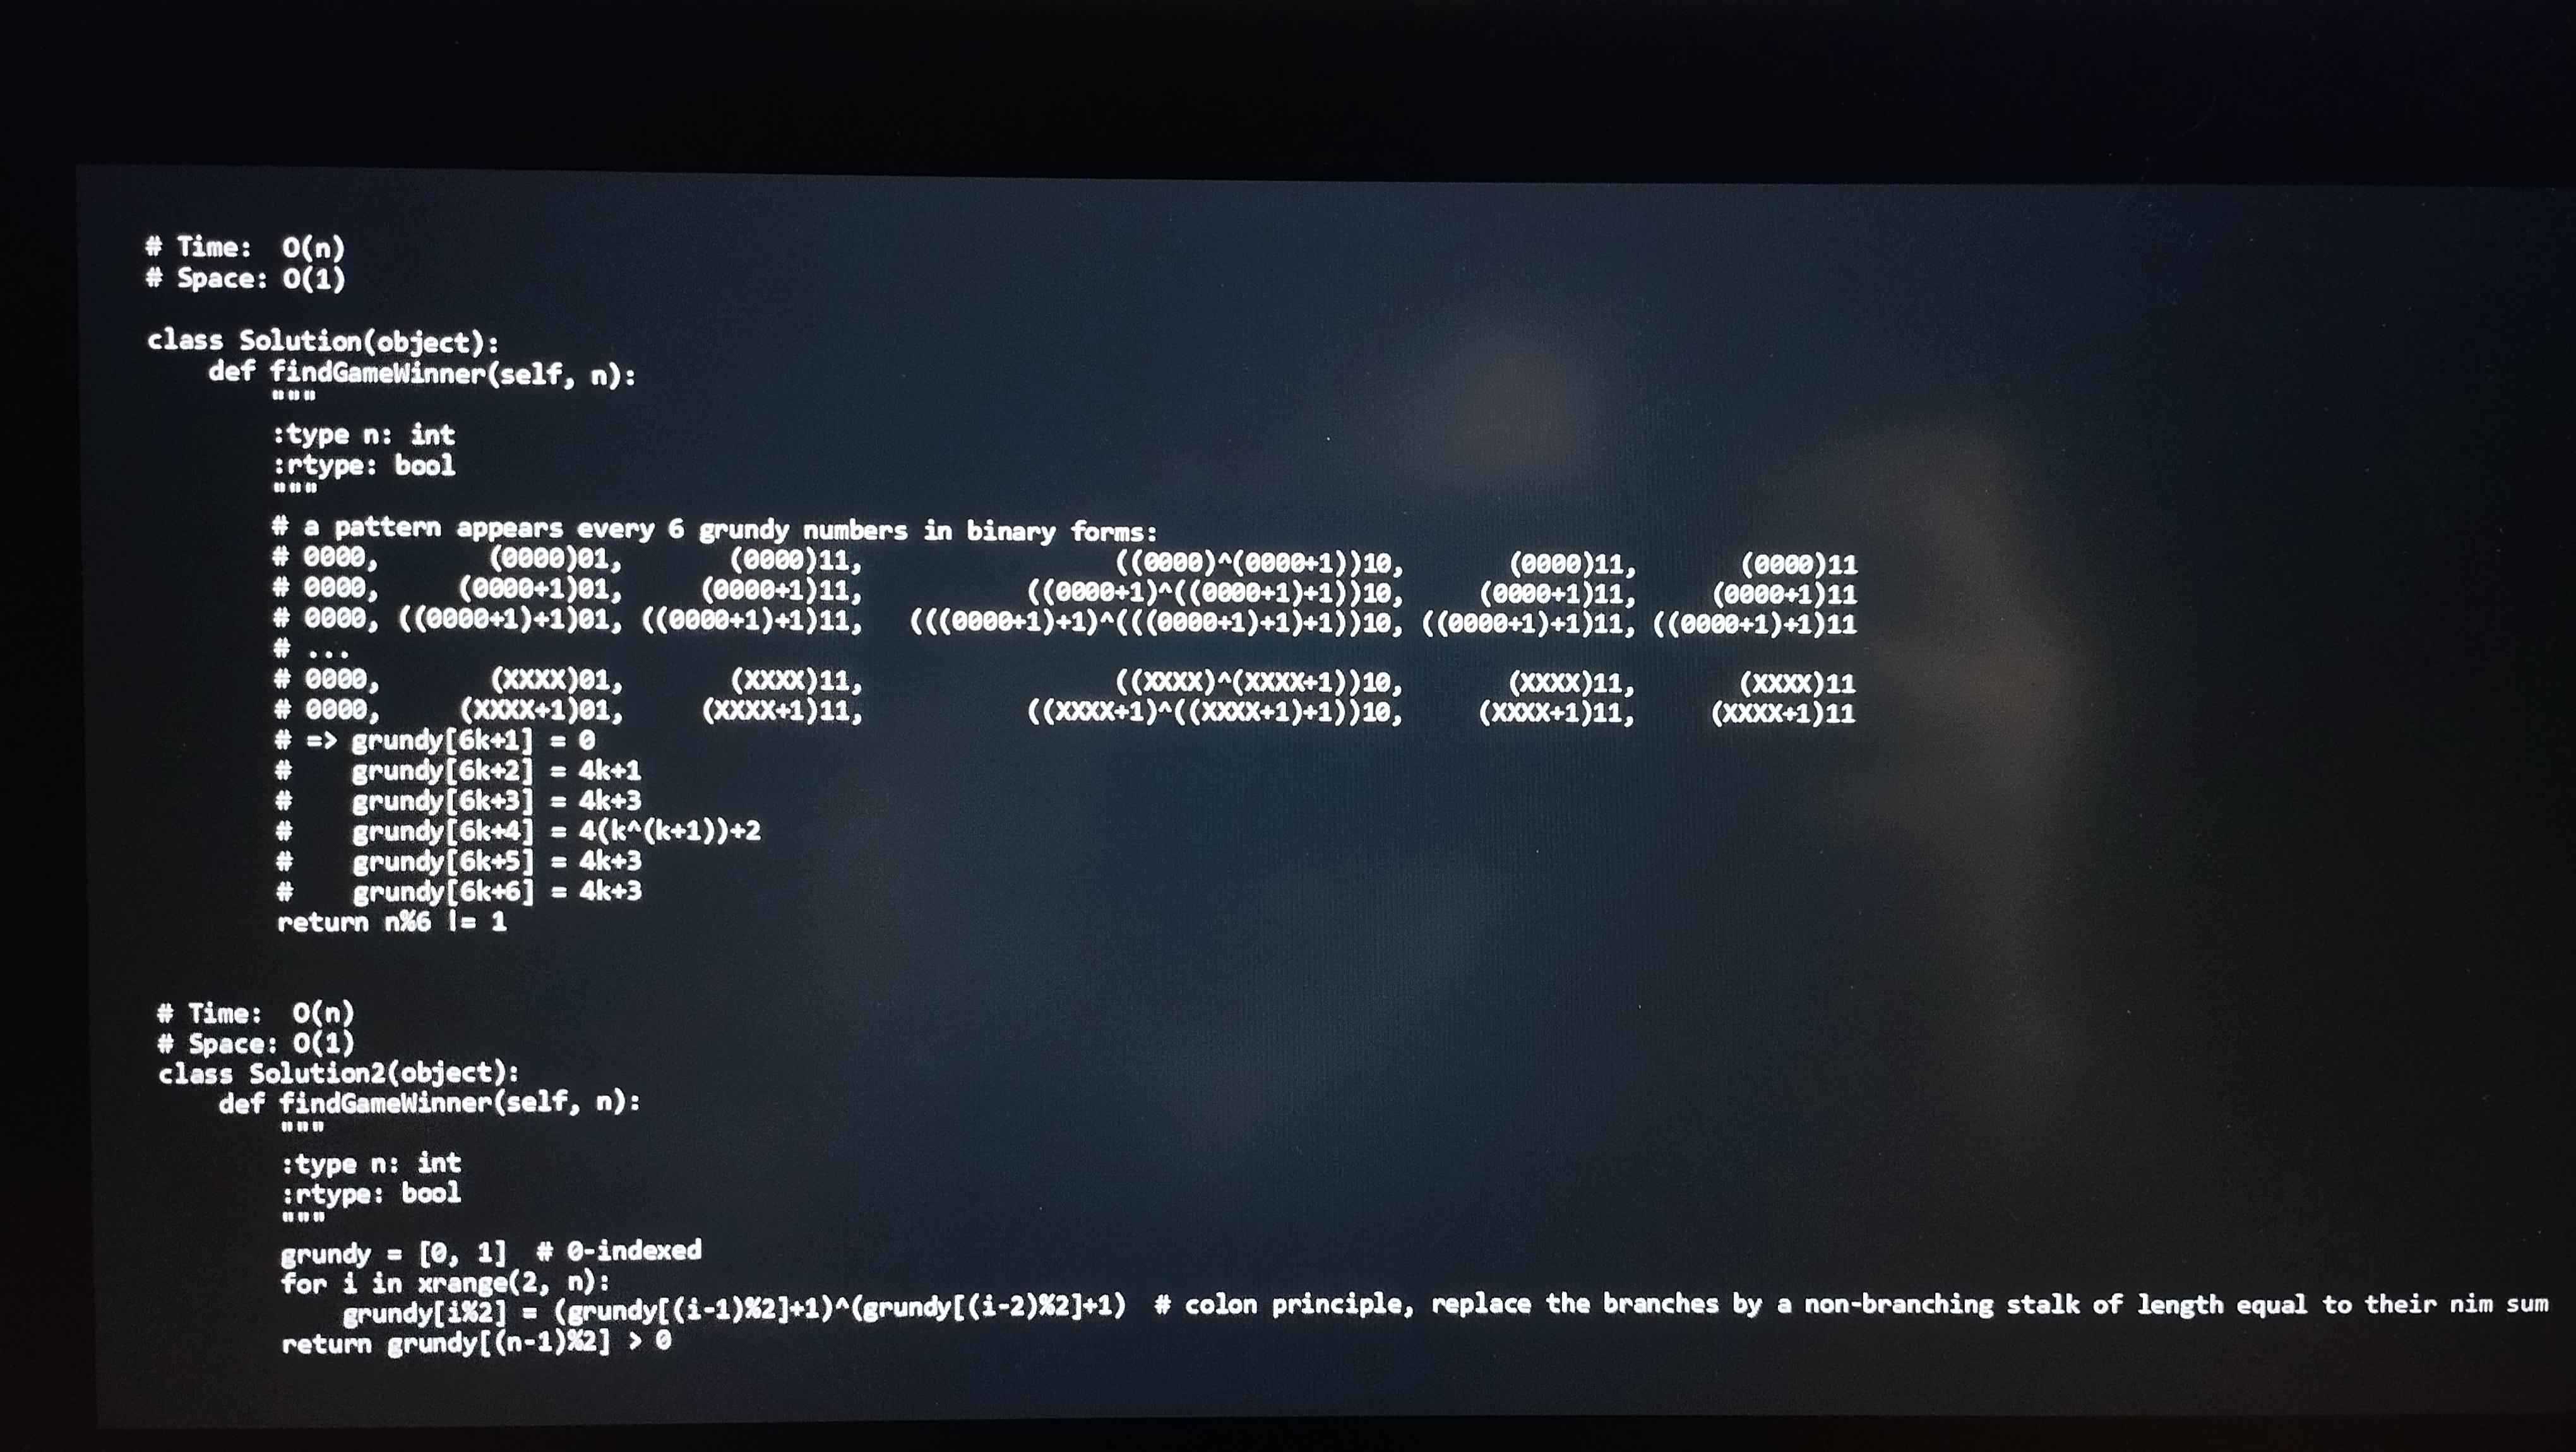
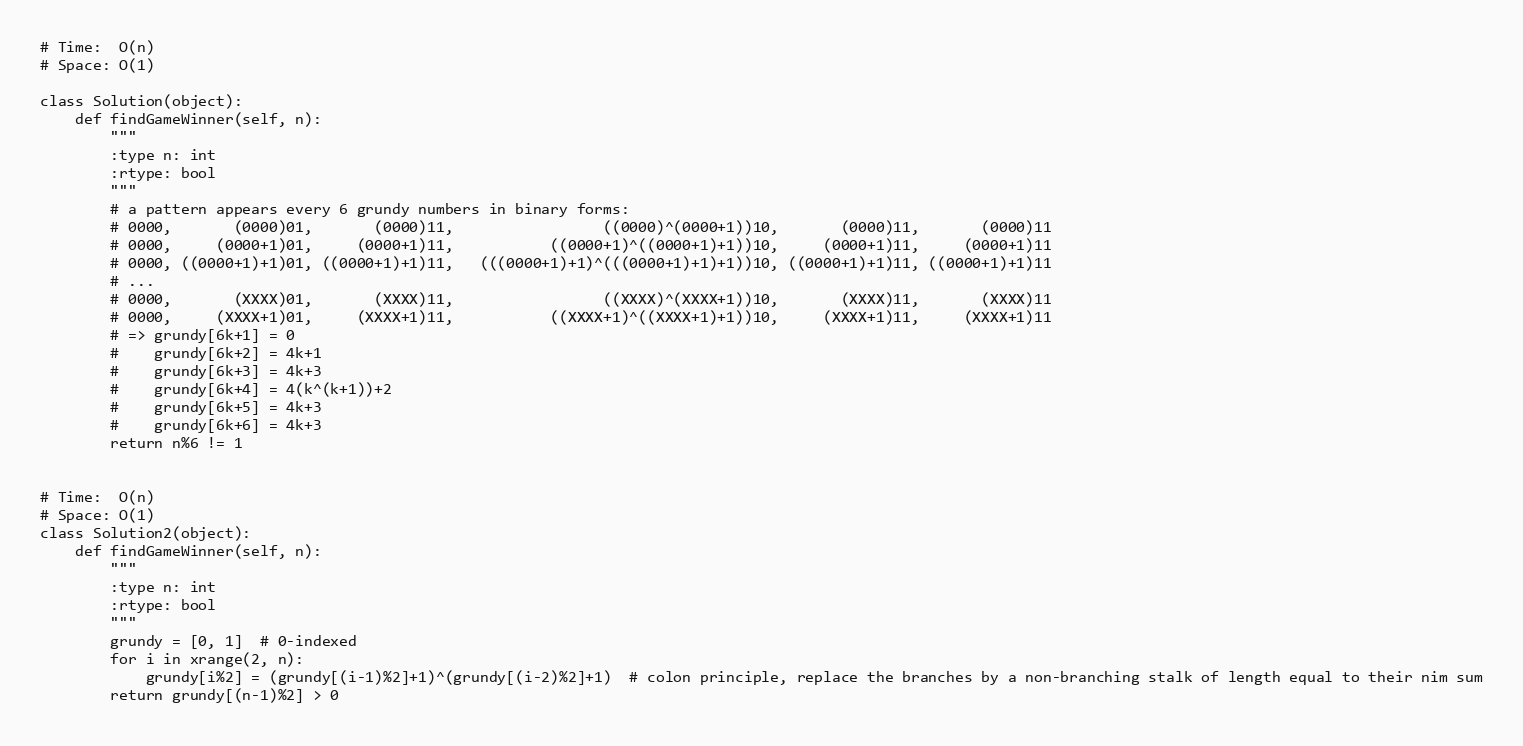
# Time:  O(n)
# Space: O(1)

class Solution(object):
    def findGameWinner(self, n):
        """
        :type n: int
        :rtype: bool
        """
        # a pattern appears every 6 grundy numbers in binary forms:
        # 0000,       (0000)01,       (0000)11,                 ((0000)^(0000+1))10,       (0000)11,       (0000)11
        # 0000,     (0000+1)01,     (0000+1)11,           ((0000+1)^((0000+1)+1))10,     (0000+1)11,     (0000+1)11
        # 0000, ((0000+1)+1)01, ((0000+1)+1)11,   (((0000+1)+1)^(((0000+1)+1)+1))10, ((0000+1)+1)11, ((0000+1)+1)11
        # ...
        # 0000,       (XXXX)01,       (XXXX)11,                 ((XXXX)^(XXXX+1))10,       (XXXX)11,       (XXXX)11
        # 0000,     (XXXX+1)01,     (XXXX+1)11,           ((XXXX+1)^((XXXX+1)+1))10,     (XXXX+1)11,     (XXXX+1)11
        # => grundy[6k+1] = 0
        #    grundy[6k+2] = 4k+1
        #    grundy[6k+3] = 4k+3
        #    grundy[6k+4] = 4(k^(k+1))+2
        #    grundy[6k+5] = 4k+3
        #    grundy[6k+6] = 4k+3
        return n%6 != 1

# Time:  O(n)
# Space: O(1)
class Solution2(object):
    def findGameWinner(self, n):
        """
        :type n: int
        :rtype: bool
        """
        grundy = [0, 1]  # 0-indexed
        for i in xrange(2, n):
            grundy[i%2] = (grundy[(i-1)%2]+1)^(grundy[(i-2)%2]+1)  # colon principle, replace the branches by a non-branching stalk of length equal to their nim sum
        return grundy[(n-1)%2] > 0